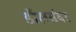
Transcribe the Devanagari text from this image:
डॉलर्सवर